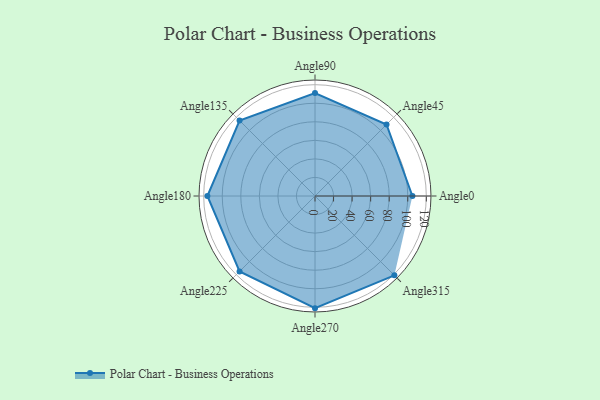
{"axis": {"x": "Angle", "y": "Radius"}, "legend": [""], "data": [{"x": "Angle0", "y": 105.0, "type": ""}, {"x": "Angle45", "y": 109.0, "type": ""}, {"x": "Angle90", "y": 111.0, "type": ""}, {"x": "Angle135", "y": 115.0, "type": ""}, {"x": "Angle180", "y": 116.0, "type": ""}, {"x": "Angle225", "y": 115.0, "type": ""}, {"x": "Angle270", "y": 121.0, "type": ""}, {"x": "Angle315", "y": 121.0, "type": ""}]}